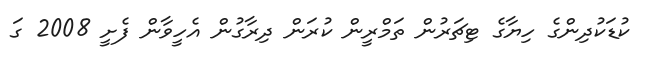
ކުޑަކުދިންގެ ހިޔާގެ ޓިޗަރުން ތަމްރީން ކުރަން ދިރާގުން އެހީވާން ފެށީ 2008 ގަ